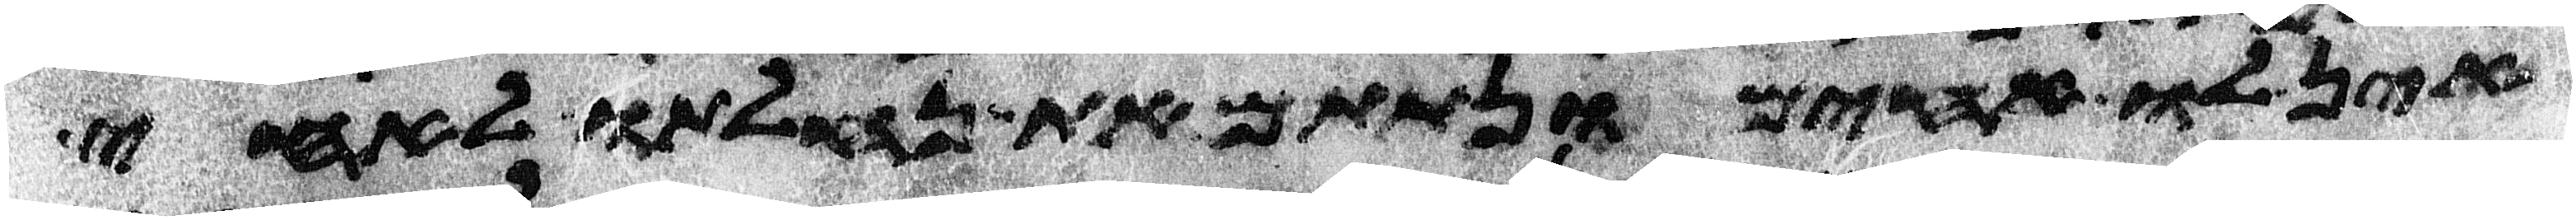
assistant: אין לו אחים ונתתם את נחלתו לאחי